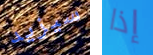
سيزيد إذا